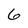
Character: 6